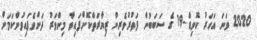
2020 ވަނަ އަހަރު ކޮވިޑް-19 ގެ ސަބަބުން ފަތުރުވެރިން ޒިޔާރަތްކޮށްފައިވާ މިންވަރު ދަށްވެފައިވުންކަމަށް